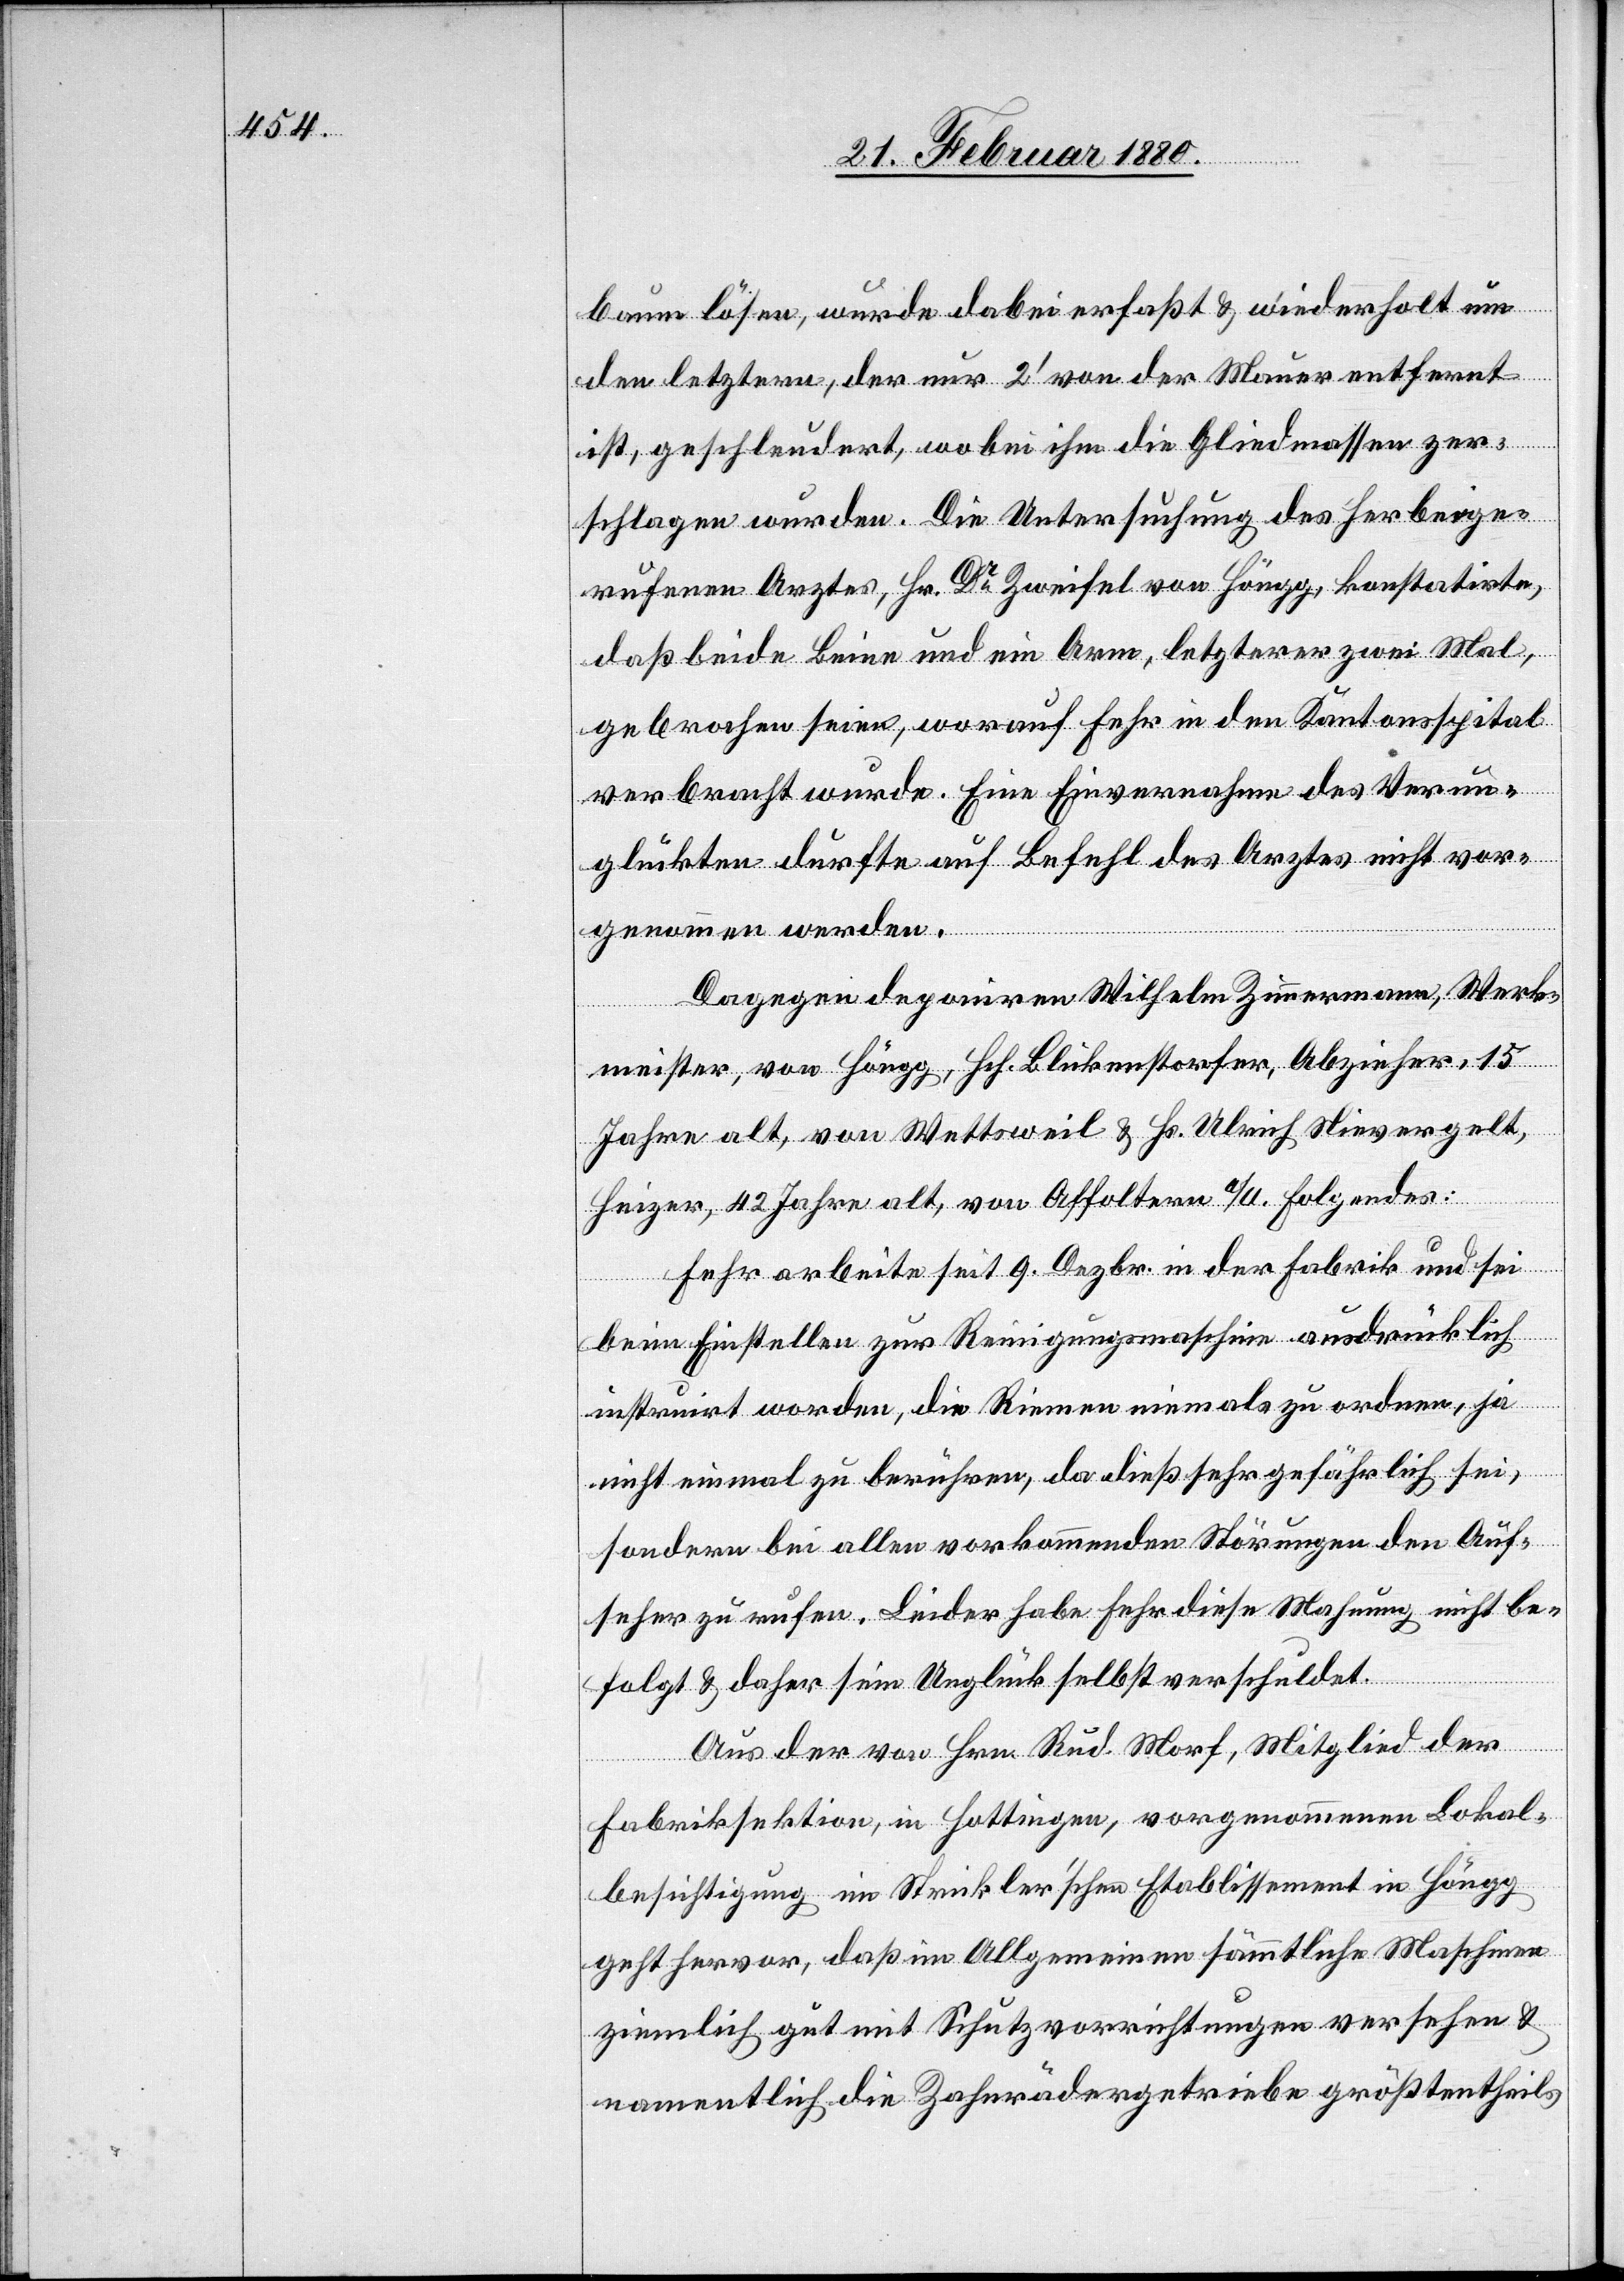
baum lösen, wurde dabei erfaßt & wiederholt um
den letztern, der nur 2‘ von der Mauer entfernt
ist, geschleudert, wobei ihm die Gliedmassen zer¬
schlagen wurden. Die Untersuchung des herbeige¬
rufenen Arztes, Hr. Dr Zweifel von Höngg, konstatirte,
daß beide Beine und ein Arm, letzterer zwei Mal,
gebrochen seien, worauf Fehr in den Kantonsspital
verbracht wurde. Eine Einvernahme des Verun¬
glückten durfte auf Befehl des Arztes nicht vor¬
genommen werden.
Dagegen deponiren Wilhelm Zimmermann, Werk¬
meister, von Höngg, Hch. Blickenstorfer, Abzieher, 15
Jahre alt, von Wettsweil & Hs. Ulrich Nievergelt,
Heizer, 42 Jahre alt, von Affoltern a/A. Folgendes:
Fehr arbeite seit 9. Dezbr. in der Fabrik und sei
beim Einstellen zur Reinigungsmaschine ausdrücklich
instruirt worden, die Riemen niemals zu ordnen, ja
nicht einmal zu berühren, da dieß sehr gefährlich sei,
sondern bei allen vorkommenden Störungen den Auf¬
seher zu rufen. Leider habe Fehr diese Mahnung nicht be¬
folgt & daher sein Unglück selbst verschuldet.
Aus der von Hrn. Rud. Morf, Mitglied der
Fabriksektion, in Hottingen, vorgenommenen Lokal¬
besichtigung im Strickler’schen Etablissement in Höngg,
geht hervor, daß im Allgemeinen sämmtliche Maschinen
ziemlich gut mit Schutzvorrichtungen versehen &
namentlich die Zahnrädergetriebe größthentheils